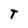
Character: T